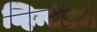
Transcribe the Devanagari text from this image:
व्हिन्सेंटचं